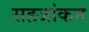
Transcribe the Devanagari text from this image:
सहजांकन